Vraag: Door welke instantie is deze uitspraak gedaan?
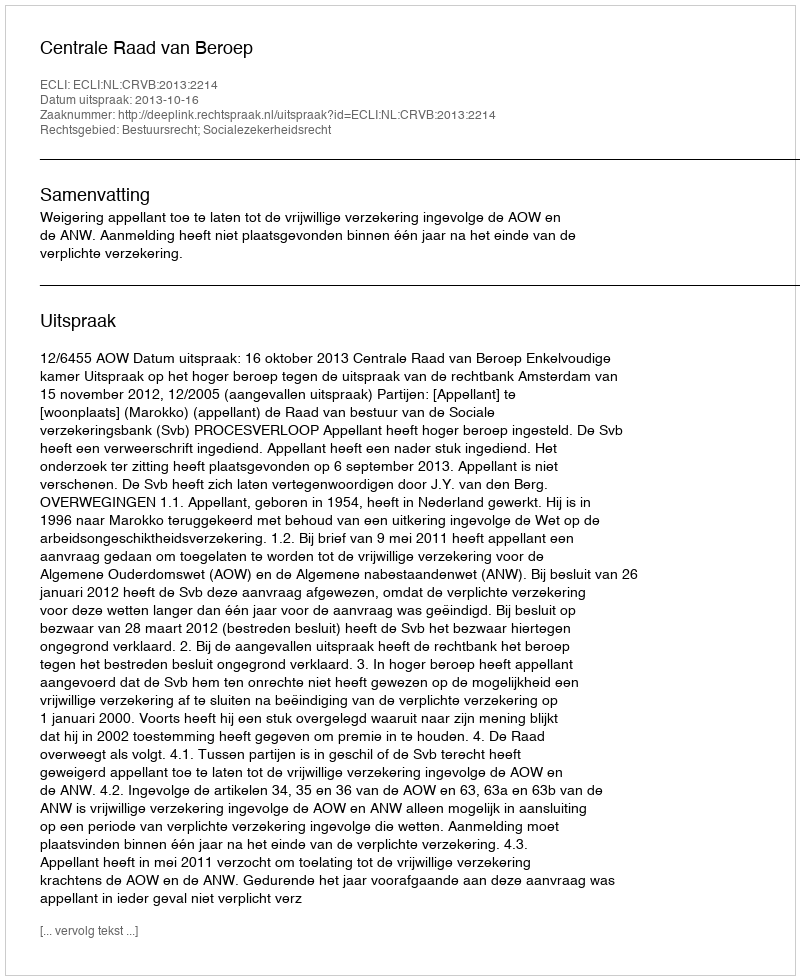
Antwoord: Centrale Raad van Beroep